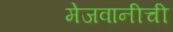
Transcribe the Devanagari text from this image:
मेजवानीची